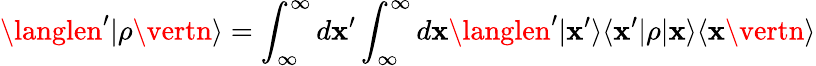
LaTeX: \langlen^{\prime}\vert\rho\vertn\rangle=\int_{\infty}^{\infty}d\mathbf{x}^{\prime}\int_{\infty}^{\infty}d\mathbf{x}\langlen^{\prime}\vert\mathbf{x}^{\prime}\rangle\langle\mathbf{x}^{\prime}\vert\rho\vert\mathbf{x}\rangle\langle\mathbf{x}\vertn\rangle